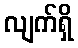
လျက်ရှိ